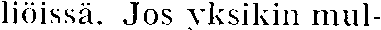
liöissä. Jos yksikin mul-